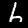
Digit: 6